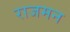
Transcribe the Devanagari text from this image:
राजमन